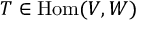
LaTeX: T \in \mathrm { H o m } ( V , W )